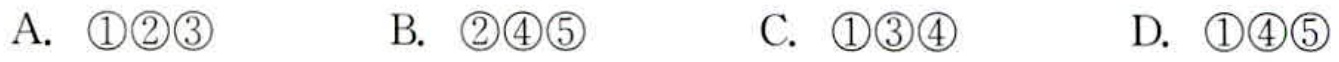
A. \textcircled{1}\textcircled{2}\textcircled{3}  B. \textcircled{2}\textcircled{4}\textcircled{5}  C. \textcircled{1}\textcircled{3}\textcircled{4}  D. \textcircled{1}\textcircled{4}\textcircled{5}